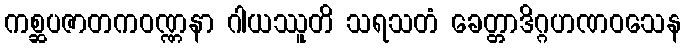
ကစ္ဆပဇာတကဝဏ္ဏနာ ဂါယဿူတိ သရသတံ ခေတ္တာဒိဂ္ဂဟဏဝသေန